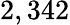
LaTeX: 2,342